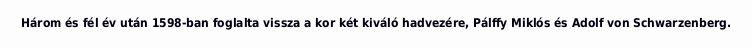
Három és fél év után 1598-ban foglalta vissza a kor két kiváló hadvezére, Pálffy Miklós és Adolf von Schwarzenberg.